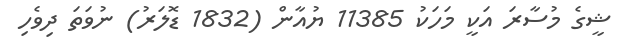
ޝީގެ މުސާރަ އަކީ މަހަކު 11385 ޔުއާން (1832 ޑޮލަރު) ނުވަތަ ދިވެހި